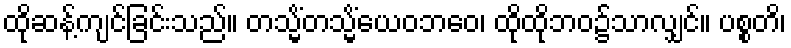
ထိုဆန့်ကျင်ခြင်းသည်။ တသ္မိံတသ္မိံယေဝဘဝေ၊ ထိုထိုဘဝ၌သာလျှင်။ ပစ္စတိ၊